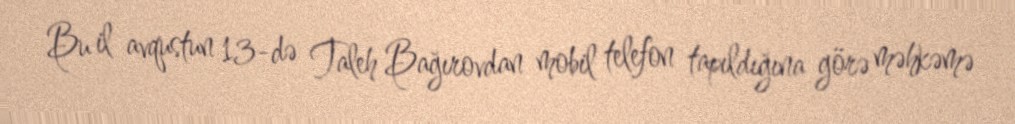
Bu il avqustun 13-də Taleh Bağırovdan mobil telefon tapıldığına görə məhkəmə